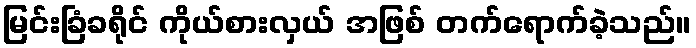
မြင်းခြံခရိုင် ကိုယ်စားလှယ် အဖြစ် တက်ရောက်ခဲ့သည်။